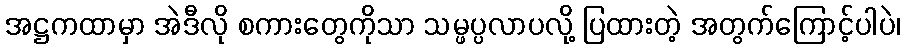
အဋ္ဌကထာမှာ အဲဒီလို စကားတွေကိုသာ သမ္ဖပ္ပလာပလို့ ပြထားတဲ့ အတွက်ကြောင့်ပါပဲ၊